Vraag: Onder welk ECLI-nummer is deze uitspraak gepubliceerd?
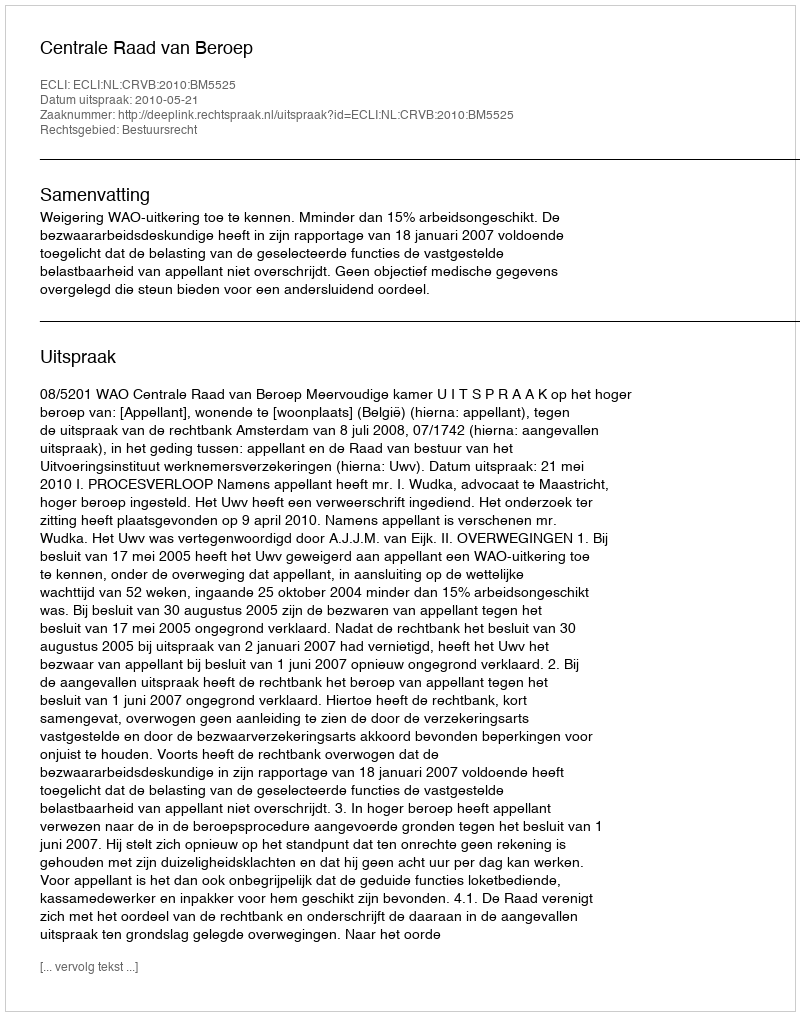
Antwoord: ECLI:NL:CRVB:2010:BM5525